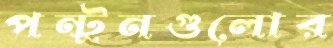
পন্টুনগুলোর